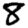
Digit: 8